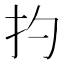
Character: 扚